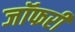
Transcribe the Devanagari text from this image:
जॉफरी